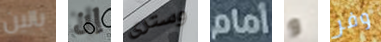
بالين إن وسترى أمام و وفر